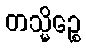
တသ္မိဉ္စေ